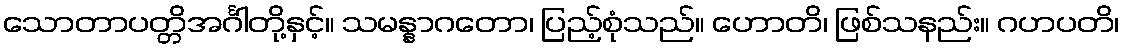
သောတာပတ္တိအင်္ဂါတို့နှင့်။ သမန္နာဂတော၊ ပြည့်စုံသည်။ ဟောတိ၊ ဖြစ်သနည်း။ ဂဟပတိ၊